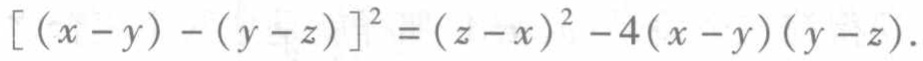
\[ [(x - y) - (y - z)]^{2} = (z - x)^{2} - 4(x - y)(y - z).\]